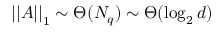
\left| \left| A \right| \right| _ { 1 } \sim \Theta ( N _ { q } ) \sim \Theta ( \log _ { 2 } d )